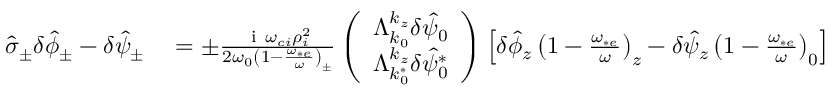
\begin{array} { r l } { \hat { \sigma } _ { \pm } \delta \hat { \phi } _ { \pm } - \delta \hat { \psi } _ { \pm } } & { { } = \pm \frac { \mathrm { ~ i ~ } \omega _ { c i } \rho _ { i } ^ { 2 } } { 2 \omega _ { 0 } \left( 1 - \frac { \omega _ { * e } } { \omega } \right) _ { \pm } } \left( \begin{array} { c } { \Lambda _ { k _ { 0 } } ^ { k _ { z } } \delta \hat { \psi } _ { 0 } } \\ { \Lambda _ { k _ { 0 } ^ { * } } ^ { k _ { z } } \delta \hat { \psi } _ { 0 } ^ { * } } \end{array} \right) \left[ \delta \hat { \phi } _ { z } \left( 1 - \frac { \omega _ { * e } } { \omega } \right) _ { z } - \delta \hat { \psi } _ { z } \left( 1 - \frac { \omega _ { * e } } { \omega } \right) _ { 0 } \right] } \end{array}